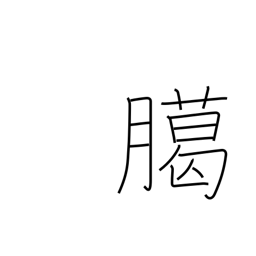
Meaning: year-end sacrifice